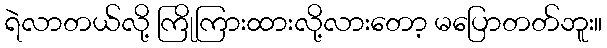
ရဲလာတယ်လို့ ကြိုကြားထားလို့လားတော့ မပြောတတ်ဘူး။